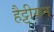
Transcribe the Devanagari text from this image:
हैट्टीयन